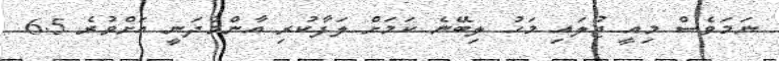
ނަމަވެސް މިއީ ޖުލައި މަހު ލިބޭނެ ކަމަށް ލަފާކުރި އާންމުދަނީ އަށްވުރެ 6.5